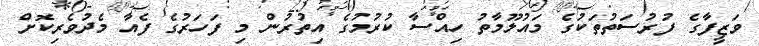
ވަޒީފާގެ ފުރުސަތުތަކުގެ މައުލޫމާތު ހިއްސާ ކުރުމުގެ އިތުރުން މި ފަހަރުގެ ފެއާ މެދުވެރިކޮށް